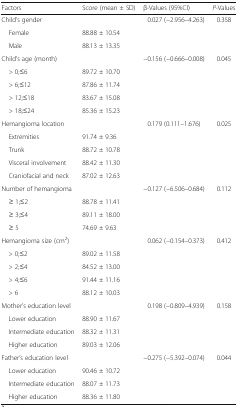
<table><thead><tr><td><b>Factors</b></td><td><b>Score (mean ± SD)</b></td><td><b>β-Values (95%CI)</b></td><td><b><i>P</i>-Values</b></td></tr></thead><tbody><tr><td>Child’s gender</td><td></td><td>0.027 (−2.956–4.263)</td><td>0.358</td></tr><tr><td> Female</td><td>88.88 ± 10.54</td><td></td><td></td></tr><tr><td> Male</td><td>88.13 ± 13.35</td><td></td><td></td></tr><tr><td>Child’s age (month)</td><td></td><td>−0.156 (−0.666--0.008)</td><td>0.045</td></tr><tr><td> &gt; 0;≤6</td><td>89.72 ± 10.70</td><td></td><td></td></tr><tr><td> &gt; 6;≤12</td><td>87.86 ± 11.74</td><td></td><td></td></tr><tr><td> &gt; 12;≤18</td><td>83.67 ± 15.08</td><td></td><td></td></tr><tr><td> &gt; 18;≤24</td><td>85.36 ± 15.23</td><td></td><td></td></tr><tr><td>Hemangioma location</td><td></td><td>0.179 (0.111–1.676)</td><td>0.025</td></tr><tr><td> Extremities</td><td>91.74 ± 9.36</td><td></td><td></td></tr><tr><td> Trunk</td><td>88.72 ± 10.78</td><td></td><td></td></tr><tr><td> Visceral involvement</td><td>88.42 ± 11.30</td><td></td><td></td></tr><tr><td> Craniofacial and neck</td><td>87.02 ± 12.63</td><td></td><td></td></tr><tr><td>Number of hemangioma</td><td></td><td>−0.127 (−6.506–0.684)</td><td>0.112</td></tr><tr><td> ≥ 1;≤2</td><td>88.78 ± 11.41</td><td></td><td></td></tr><tr><td> ≥ 3;≤4</td><td>89.11 ± 18.00</td><td></td><td></td></tr><tr><td> ≥ 5</td><td>74.69 ± 9.63</td><td></td><td></td></tr><tr><td>Hemangioma size (cm<sup>2</sup>)</td><td></td><td>0.062 (−0.154–0.373)</td><td>0.412</td></tr><tr><td> &gt; 0;≤2</td><td>89.02 ± 11.58</td><td></td><td></td></tr><tr><td> &gt; 2;≤4</td><td>84.52 ± 13.00</td><td></td><td></td></tr><tr><td> &gt; 4;≤6</td><td>91.44 ± 11.16</td><td></td><td></td></tr><tr><td> &gt; 6</td><td>88.12 ± 10.03</td><td></td><td></td></tr><tr><td>Mother’s education level</td><td></td><td>0.198 (−0.809–4.939)</td><td>0.158</td></tr><tr><td> Lower education</td><td>88.90 ± 11.67</td><td></td><td></td></tr><tr><td> Intermediate education</td><td>88.32 ± 11.31</td><td></td><td></td></tr><tr><td> Higher education</td><td>89.03 ± 12.06</td><td></td><td></td></tr><tr><td>Father’s education level</td><td></td><td>−0.275 (−5.392--0.074)</td><td>0.044</td></tr><tr><td> Lower education</td><td>90.46 ± 10.72</td><td></td><td></td></tr><tr><td> Intermediate education</td><td>88.07 ± 11.73</td><td></td><td></td></tr><tr><td> Higher education</td><td>88.36 ± 11.80</td><td></td><td></td></tr></tbody></table>